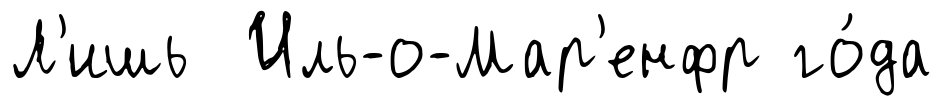
Л'ишь Иль-о-Мар'енфр го́да